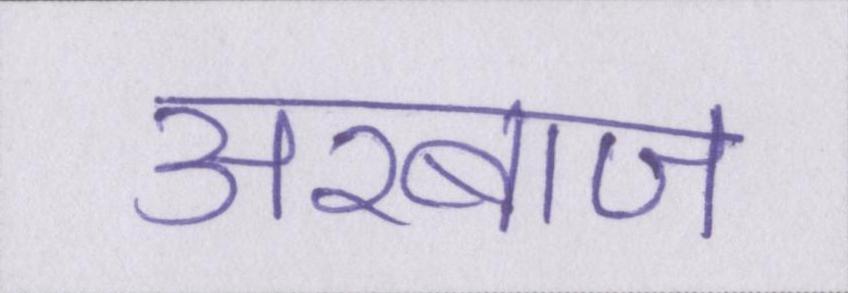
अरबाज